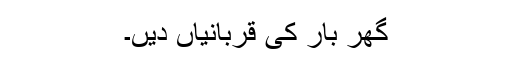
گھر بار کی قربانیاں دیں۔